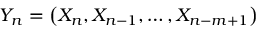
Y _ { n } = \left( X _ { n } , X _ { n - 1 } , \ldots , X _ { n - m + 1 } \right)